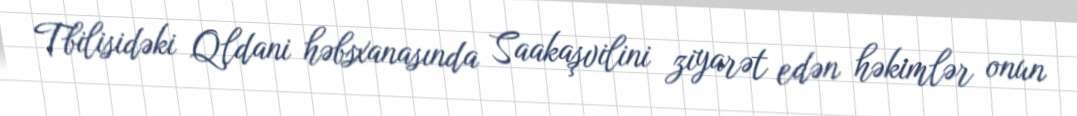
Tbilisidəki Qldani həbsxanasında Saakaşvilini ziyarət edən həkimlər onun